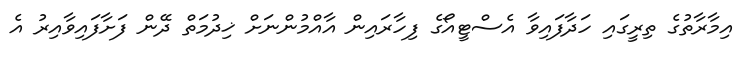
އިމާރާތުގެ ތިރީގައި ހަދާފައިވާ އެސްޓީއޯގެ ފިހާރައިން އާއްމުންނަށް ޚިދުމަތް ދޭން ފަށާފައިވާއިރު އެ